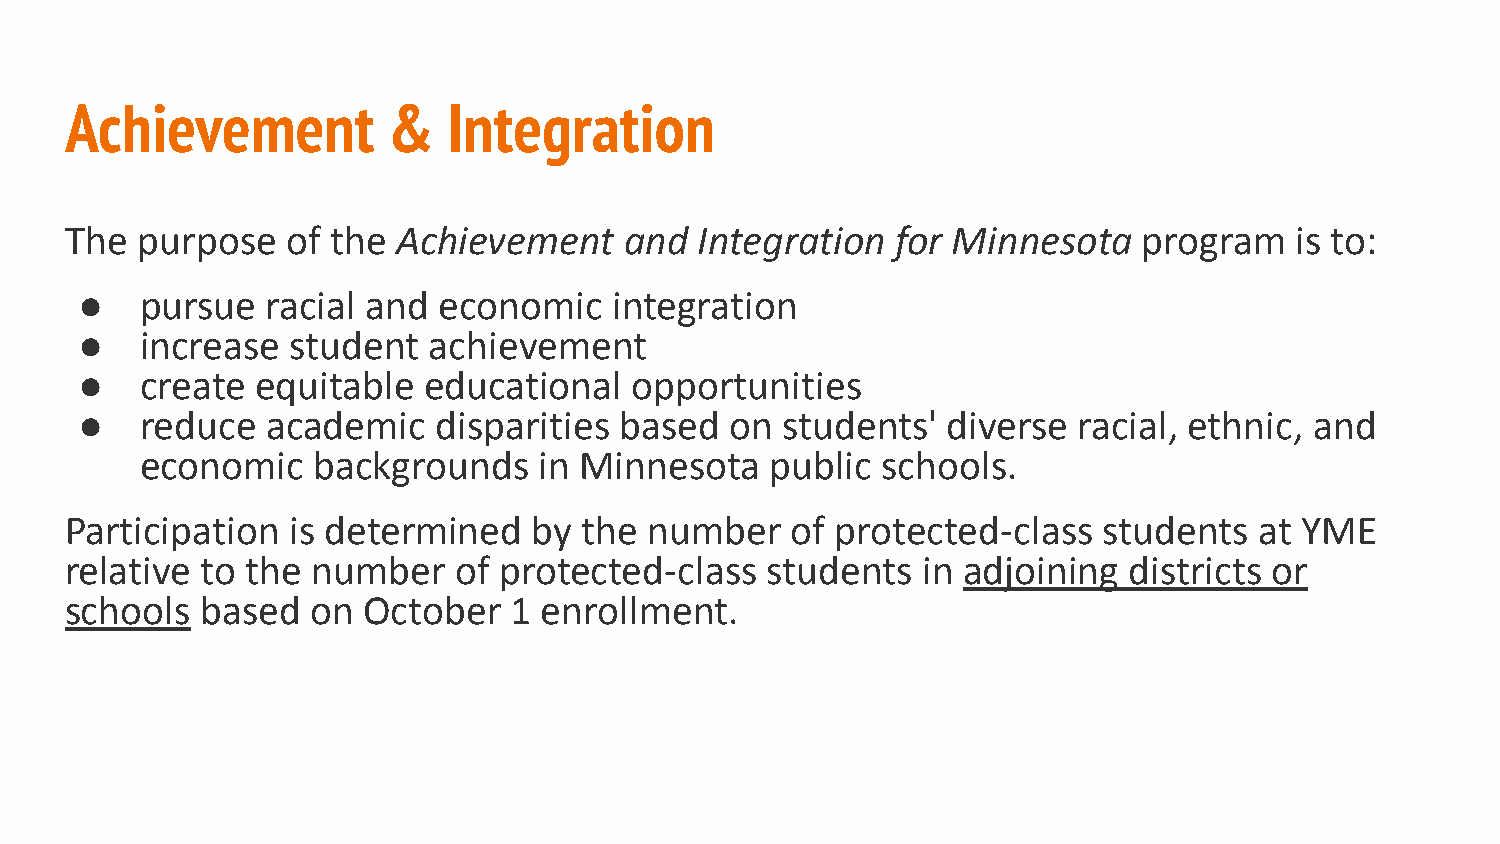
Achievement           &   Integration
 The  purpose   of the Achievement    and  Integration  for Minnesota    program   is to:
 ●   pursue   racial and economic    integration
 ●   increase  student  achievement
 ●   create  equitable  educational   opportunities
 ●   reduce   academic   disparities based  on  students'  diverse racial, ethnic, and
 economic    backgrounds    in Minnesota   public schools.
 Participation  is determined   by  the number   of protected-class   students  at YME
 relative to the  number   of protected-class   students  in adjoining  districts or
 schools  based   on October   1 enrollment.